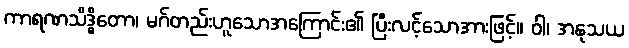
ကာရဏသိဒ္ဓိတော၊ မဂ်တည်းဟူသောအကြောင်း၏ ပြီးလင့်သောအားဖြင့်။ ဝါ၊ အနုသယ